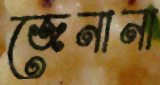
জেনানা